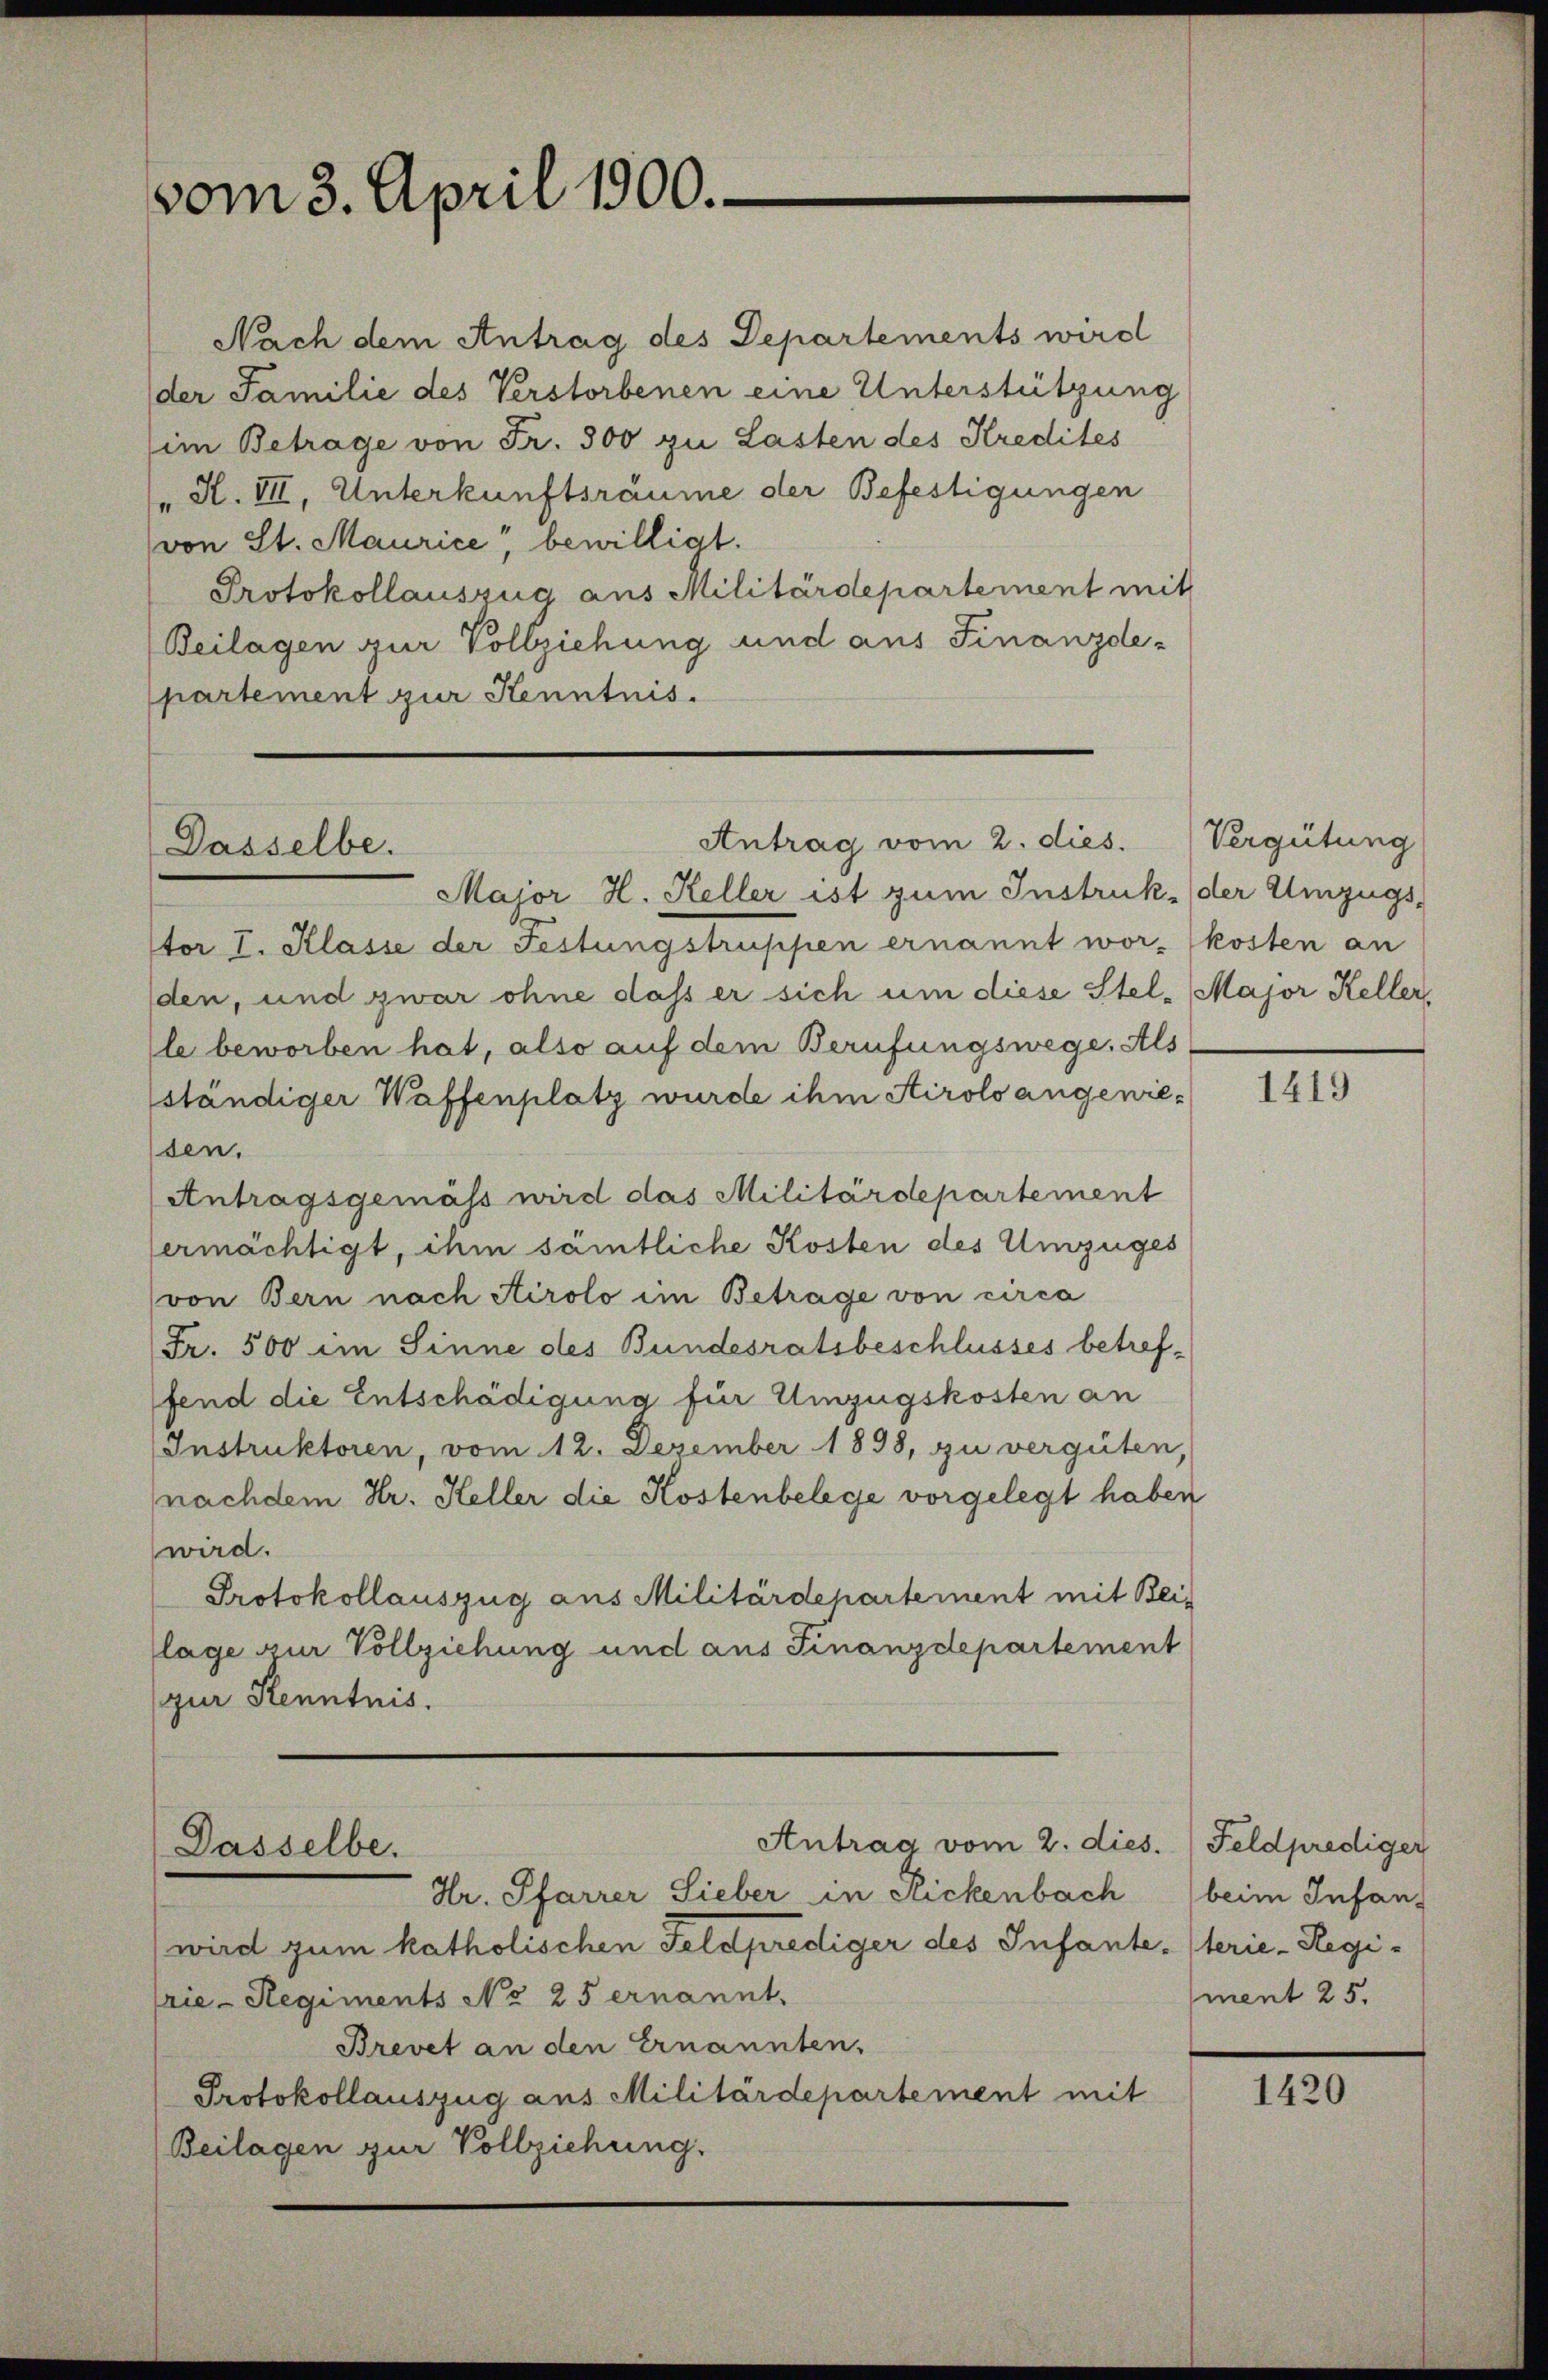
Nach dem Antrag des Departements wird
(der Familie des Verstorbenen eine Unterstützung
im Betrage von Fr. 500 zu Lasten des Kredites
H. VII, Unterkunftsräume der Befestigungen
von St. Maurice" bewilligt.
Protokollauszug aus Militärdepartement mit
Beilagen zur Vollziehung und aus Finanzde-
partement zur Kenntnis.

vom 3. April 1900.

Dasselbe.

Antrag vom 2. dies.

Antrag vom 2. dies. (Feldprediger
Dasselbe.
Hr. Pfarrer Lieber in Rickenbach

Major H. Heller ist zum Instruk, (der Umzugs-
tor I. Klasse der Festungstruppen ernannt wor- kosten an
den, und zwar ohne dass er sich um diese Stel-Major Keller
le beworben hat, also auf dem Berufungswege. Als
ständiger Waffenplatz wurde ihm Airolo angewieden.
Antragsgemäss wird das Militärdepartement
ermächtigt, ihm sämtliche Kosten des Umzuges
von Bern nach Airolo im Betrage von circa
Fr. 500 im Sinne des Bundesratsbeschlusses betreffend die Entschädigung für Umzugskosten an
Instruktoren, vom 12. Dezember 1898, zu vergüten,
nachdem Hr. Heller die Kostenbelege vorgelegt haben
wird.
Protokollauszug aus Militärdepartement mit Beilage zur Vollziehung und aus Finanzdepartement
zur Kenntnis.

wird zum katholischen Feldprediger des Infantesterie-Regirie-Regiments No 25 ernannt.
Brevet an den Ernannten.
Protokollauszug aus Militärdepartement mit
Beilagen zur Vollziehung.

Vergütung

1419

beim Infan
ment 25.

1420